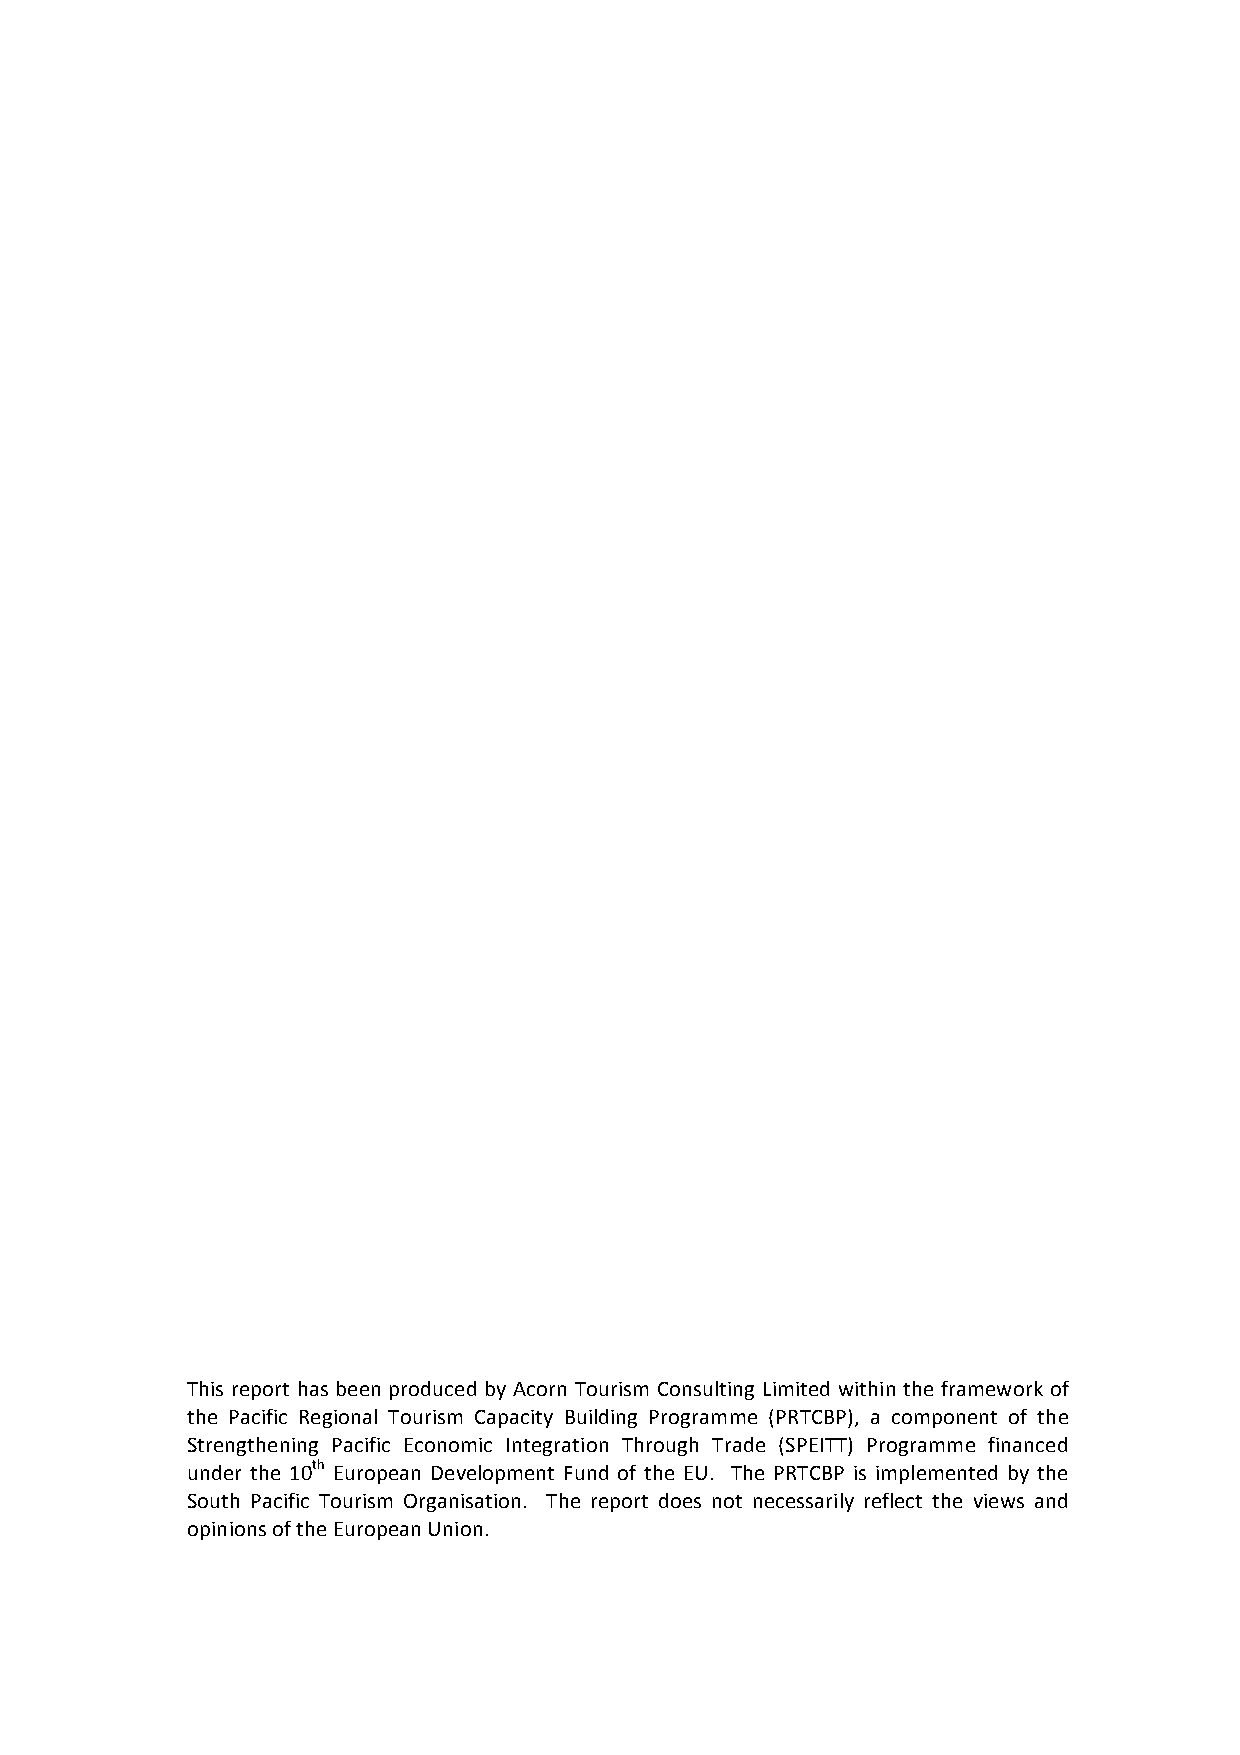
This report has been produced by Acorn Tourism Consulting Limited within the framework of
 the Pacific Regional Tourism Capacity Building Programme (PRTCBP), a component of the
 Strengthening Pacific Economic Integration Through Trade (SPEITT) Programme financed
 under the 10th European Development Fund of the EU. The PRTCBP is implemented by the
 South Pacific Tourism Organisation. The report does not necessarily reflect the views and
 opinions of the European Union.